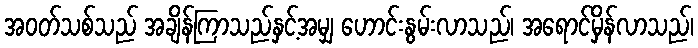
အဝတ်သစ်သည် အချိန်ကြာသည်နှင့်အမျှ ဟောင်းနွမ်းလာသည်၊ အရောင်မှိန်လာသည်၊